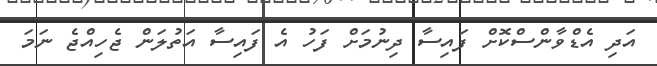
އަދި އެޑްވާންސްކޮށް ފައިސާ ދިނުމަށް ފަހު އެ ފައިސާ އަތުލަން ޖެހިއްޖެ ނަމަ